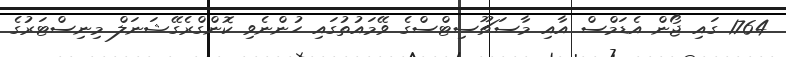
1764 ގައި ޖޯން އެޑަމްސް އާއި މާސަޗޫސިޓްސްގެ ވޭމައުތުގައި ހުންނެވި ކޮންގްރެގޭޝަނަލް މިނިސްޓަރުގެ